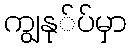
ကျွနု်ပ်မှာ